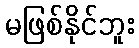
မဖြစ်နိုင်ဘူး